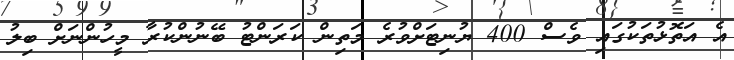
އެ އަތޮޅުތަކުގައި ވެސް 400 ޔުނިޓަށްވުރެ މަތިން ކަރަންޓު ބޭނުންކުރާ މީހުންނަށް ބިލު